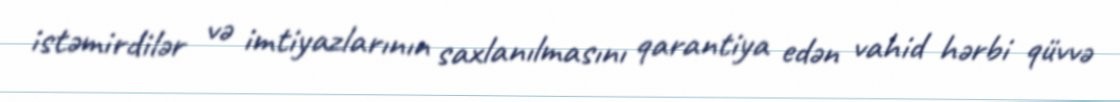
istəmirdilər və imtiyazlarının saxlanılmasını qarantiya edən vahid hərbi qüvvə